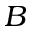
B